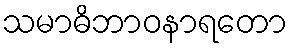
သမာဓိဘာဝနာရတော